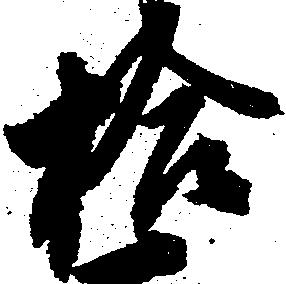
拾